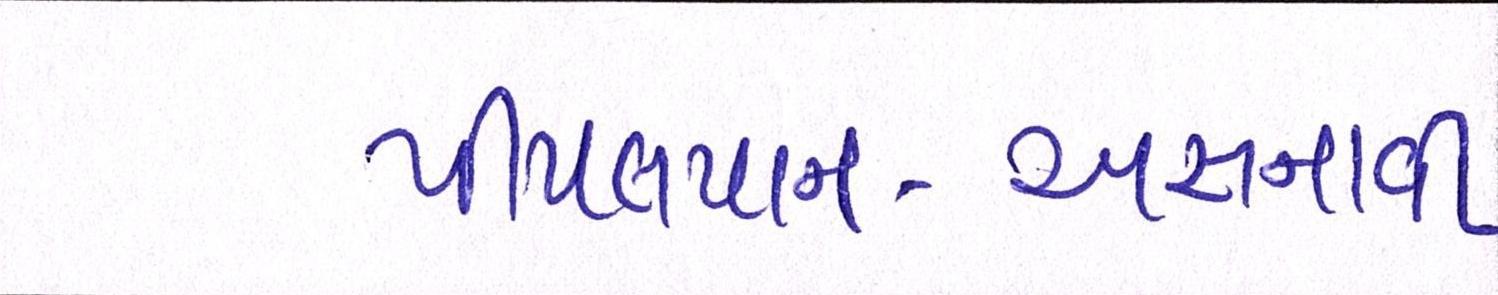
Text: પીપલપાન-અસનાવી